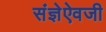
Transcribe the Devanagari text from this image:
संज्ञेऐवजी